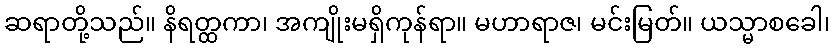
ဆရာတို့သည်။ နိရတ္ထကာ၊ အကျိုးမရှိကုန်ရာ။ မဟာရာဇ၊ မင်းမြတ်။ ယသ္မာစခေါ၊